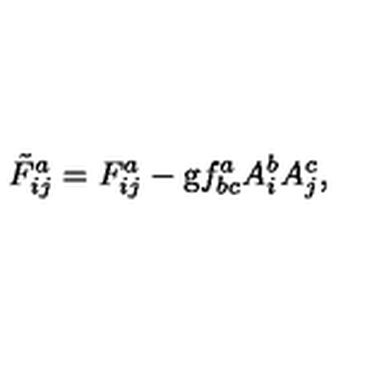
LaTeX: \tilde { F } _ { i j } ^ { a } = F _ { i j } ^ { a } - \mathrm { g } f _ { b c } ^ { a } A _ { i } ^ { b } A _ { j } ^ { c } ,